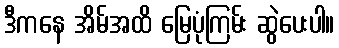
ဒီကနေ အိမ်အထိ မြေပုံကြမ်း ဆွဲပေးပါ။